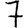
Digit: 7